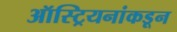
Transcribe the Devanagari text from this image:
ऑस्ट्रियनांकडून